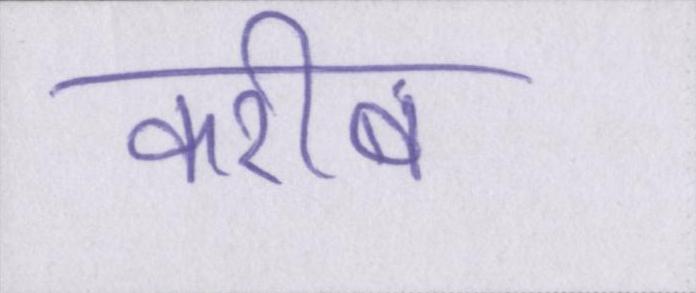
करीब